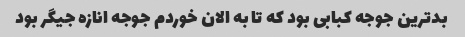
بدترین جوجه کبابی بود که تا به الان خوردم جوجه انازه جیگر بود